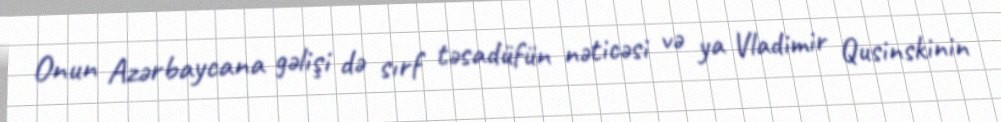
Onun Azərbaycana gəlişi də sırf təsadüfün nəticəsi və ya Vladimir Qusinskinin